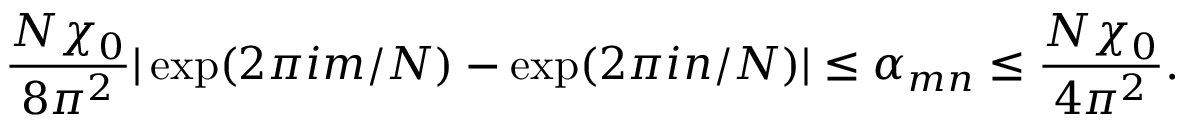
\frac { N \chi _ { 0 } } { 8 \pi ^ { 2 } } | \exp ( 2 \pi i m / N ) - \exp ( 2 \pi i n / N ) | \leq \alpha _ { m n } \leq \frac { N \chi _ { 0 } } { 4 \pi ^ { 2 } } .